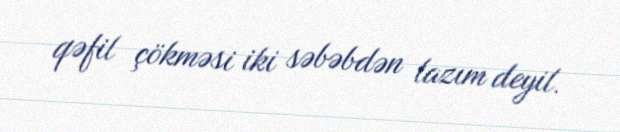
qəfil çökməsi iki səbəbdən lazım deyil.